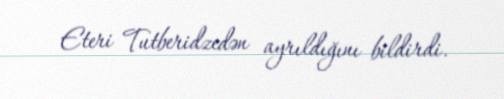
Eteri Tutberidzedən ayrıldığını bildirdi.